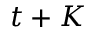
t + K